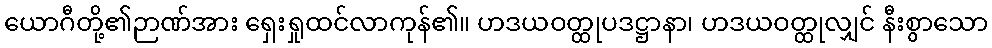
ယောဂီတို့၏ဉာဏ်အား ရှေးရှုထင်လာကုန်၏။ ဟဒယဝတ္ထုပဒဋ္ဌာနာ၊ ဟဒယဝတ္ထုလျှင် နီးစွာသော